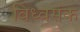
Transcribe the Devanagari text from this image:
विध्वसंक